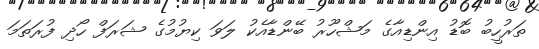
ތަރުހީބު ބޮޑު އިންޑިއާގެ މަޝްހޫރު ބޭންޑާއެކު ލަވަ ކިޔުމުގެ ޝަރަފް ހޯދި ފުރަތަމަ